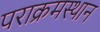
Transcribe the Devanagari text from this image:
पराक्रमस्थान